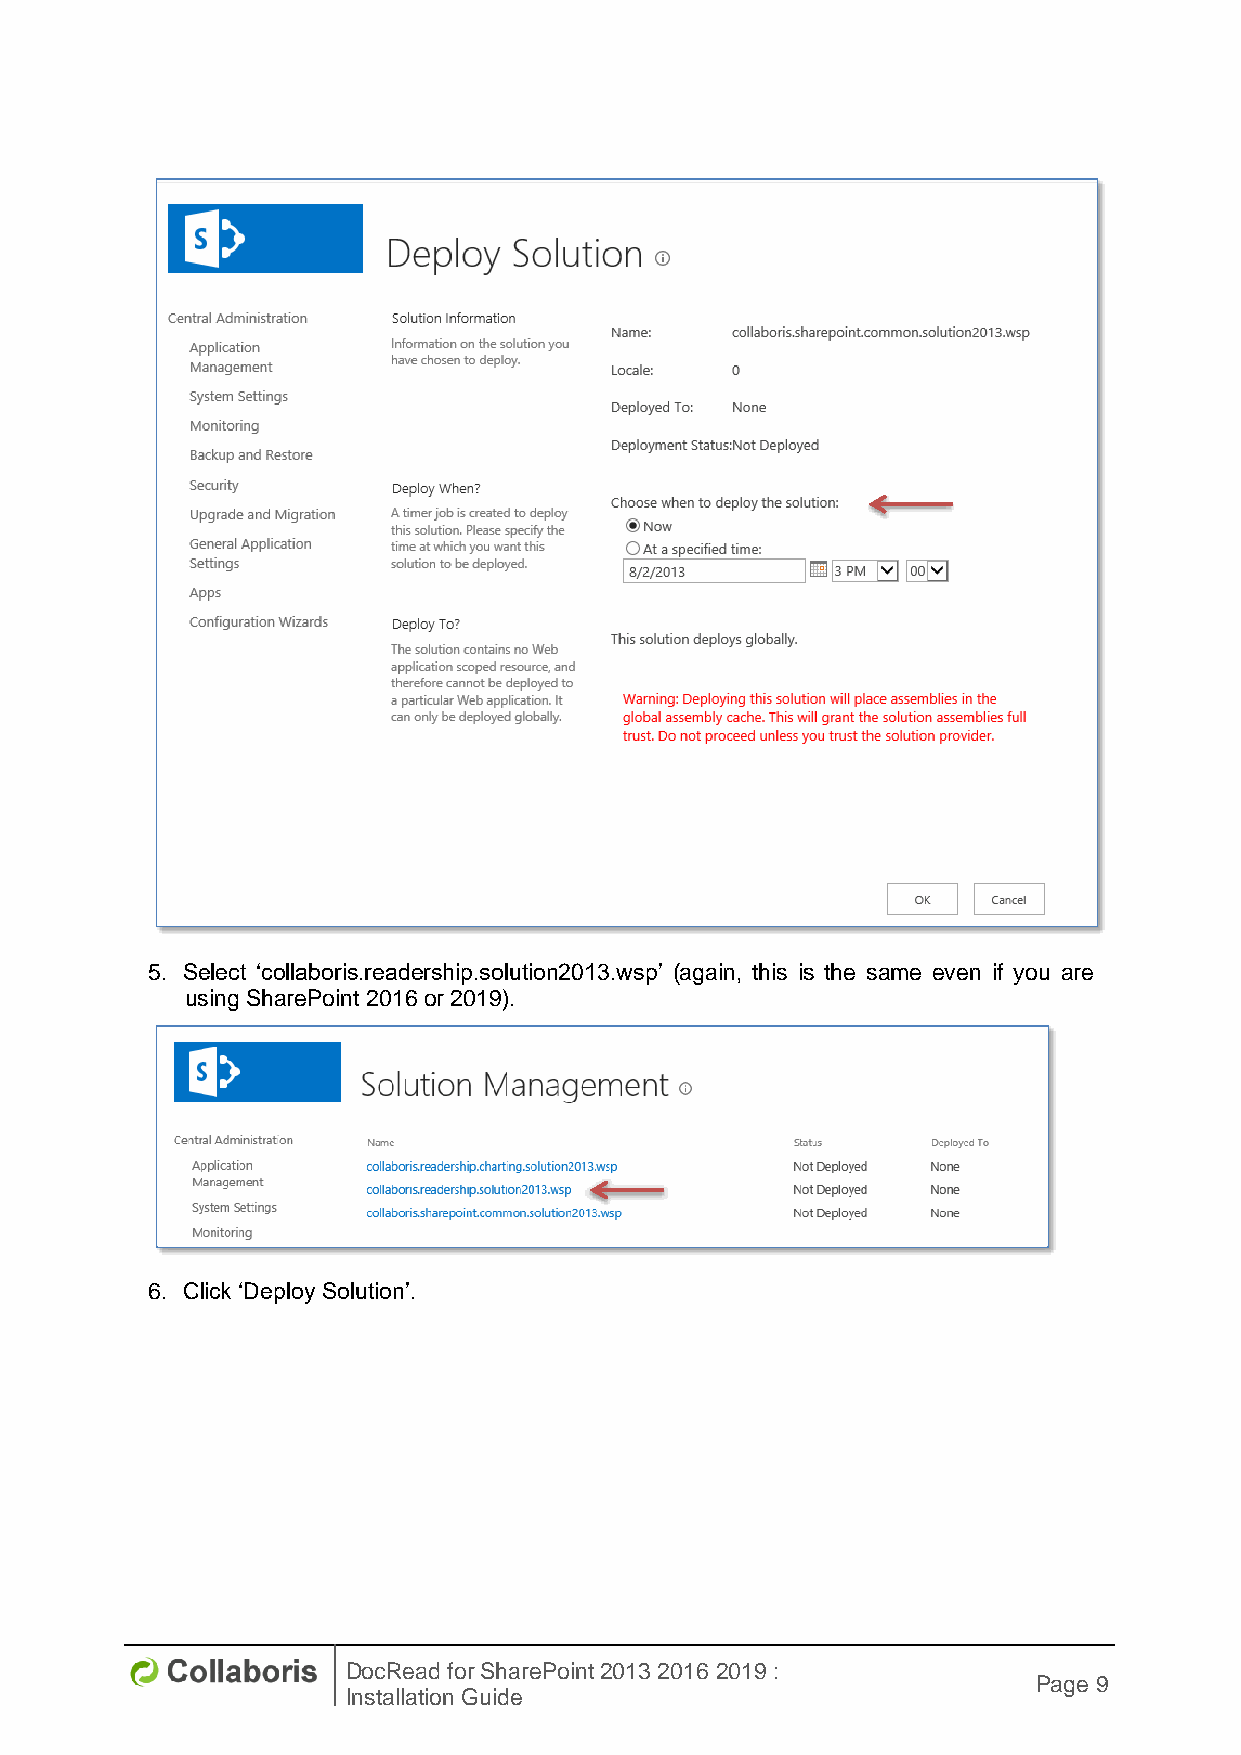
5. Select ‘collaboris.readership.solution2013.wsp’ (again, this is the same even if you are
 using SharePoint 2016 or 2019).
 6. Click ‘Deploy Solution’.
 DocRead for SharePoint 2013 2016 2019 :
 Page 9
 Installation Guide